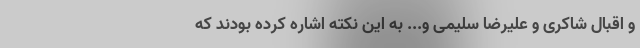
و اقبال شاکری و علیرضا سلیمی و... به این نکته اشاره کرده بودند که